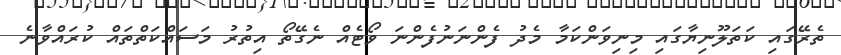
ތެރޭގައި ކަތަލޫނިޔާގައި މިނިވަންކަމާ މެދު ފެންނަނުފެންނަ ވޯޓެއް ނެގޭތޯ އިތުރު މަސައްކަތްތައް ކުރައްވާނެ